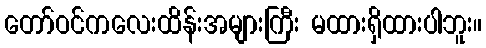
တော်ဝင်ကလေးထိန်းအများကြီး မထားရှိထားပါဘူး။